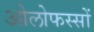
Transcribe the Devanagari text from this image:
ओलोफस्सों